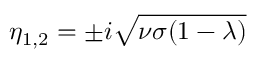
\eta _ { 1 , 2 } = \pm i \sqrt { \nu \sigma ( 1 - \lambda ) }